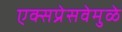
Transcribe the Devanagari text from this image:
एक्सप्रेसवेमुळे